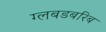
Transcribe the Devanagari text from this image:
ग्लबडबरिब